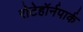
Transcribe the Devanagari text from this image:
रोटेहॉर्नपार्क